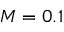
M = 0 . 1